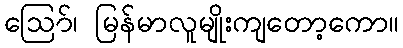
ဪ၊ မြန်မာလူမျိုးကျတော့ကော။